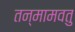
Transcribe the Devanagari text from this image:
तन्मामवतु